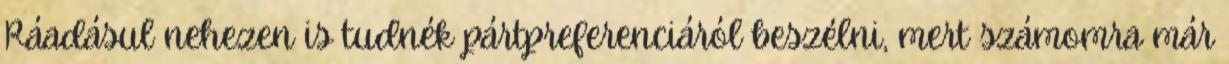
Ráadásul nehezen is tudnék pártpreferenciáról beszélni, mert számomra már